Punjab Mental Hospital Lahore 1922-31 - 1922-1931
Year: 1922
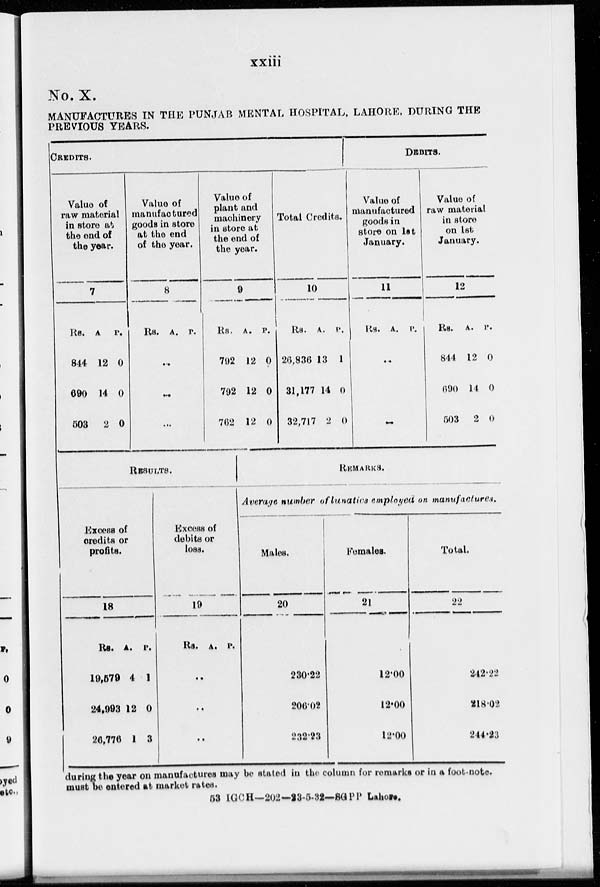
xxiii
No. X.
MANUFACTURES IN THE PUNJAB MENTAL HOSPITAL, LAHORE, DURING THE
PREVIOUS YEARS.
CREDITS.
Value of
raw material
in store at
the end of
the year.
7
Rs.
844
690
503
A
12
14
2
P.
0
0
0
Value of
manufactured
goods in store
at the end
of the year.
8
Rs. A. P.
..
..
..
Value of
plant and
machinery
in store at
the end of
the year.
9
Rs.
792
792
762
A.
12
12
12
P.
0
0
0
Total Credits.
10
Rs.
26,836
31,177
32,717
A.
13
14
2
P.
1
0
0
DEBITS.
Value of
manufactured
goods in
store on 1st
January.
11
Rs. A. P.
..
..
Value of
raw material
in store
on 1st
January.
12
Rs.
844
690
503
A.
12
14
2
P.
0
0
0
RESULTS.
Excess of
credits or
profits.
18
Rs.
19,579
24,993
26,776
A.
4
12
1
P.
1
0
3
Excess of
debits or
loss.
19
Rs. A. P.
..
..
..
REMARKS.
Average number of lunatics employed on manufactures.
Males.
20
230.22
206.02
232.23
Females.
21
12.00
12.00
12.00
Total.
22
242.22
218.02
244.23
during the year on manufactures may be stated in the column for remarks or in a foot-note.
must be entered at market rates.
53 IGCH—202— 23-5-32—SGPP Lahore.